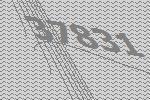
37831